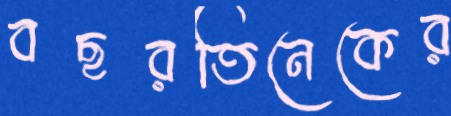
বছরতিনেকের